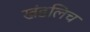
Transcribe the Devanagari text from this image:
खंडलिच